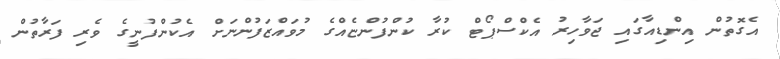
އެގޮތުން އިންޑިއާގައި ޖަވާހިރު އެކްސްޕޯޓް ކުރާ ކުންފުންޏެއްގެ މުވައްޒަފުންނަށް އެކުންފުނީގެ ވެރި ފަރާތުން